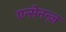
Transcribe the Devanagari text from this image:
एन्सेनन्ज़